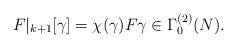
LaTeX: \begin{align*} F|_{k+1}[\gamma] = \chi(\gamma) F \gamma \in \Gamma_0^{(2)}(N).\end{align*}